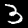
Label: 3